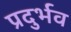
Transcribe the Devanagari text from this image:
प्रदुर्भव